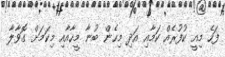
ފަހެ މިއީ ކުފުރެއް ކަމާއި އަދި މިހެން ބުނާ މީހާއާއި މިކަމަށް ގޮވާލާ